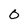
Character: O